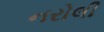
નરોલી